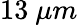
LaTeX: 13\ \mu m